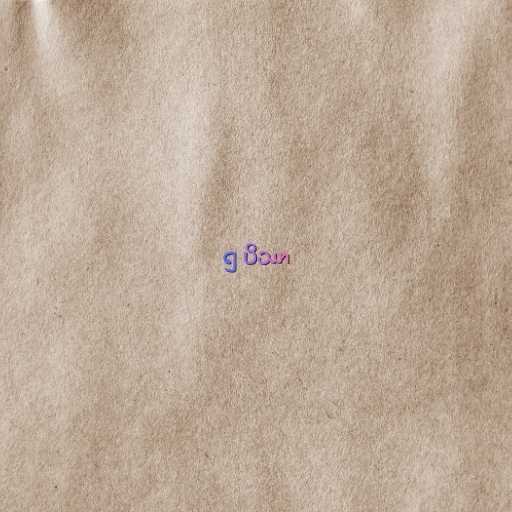
၅ ပိဿာ